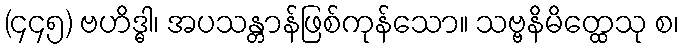
(၄၄၅) ဗဟိဒ္ဓါ၊ အပသန္တာန်ဖြစ်ကုန်သော။ သဗ္ဗနိမိတ္ထေသု စ၊